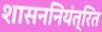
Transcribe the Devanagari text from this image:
शासननियंत्रित